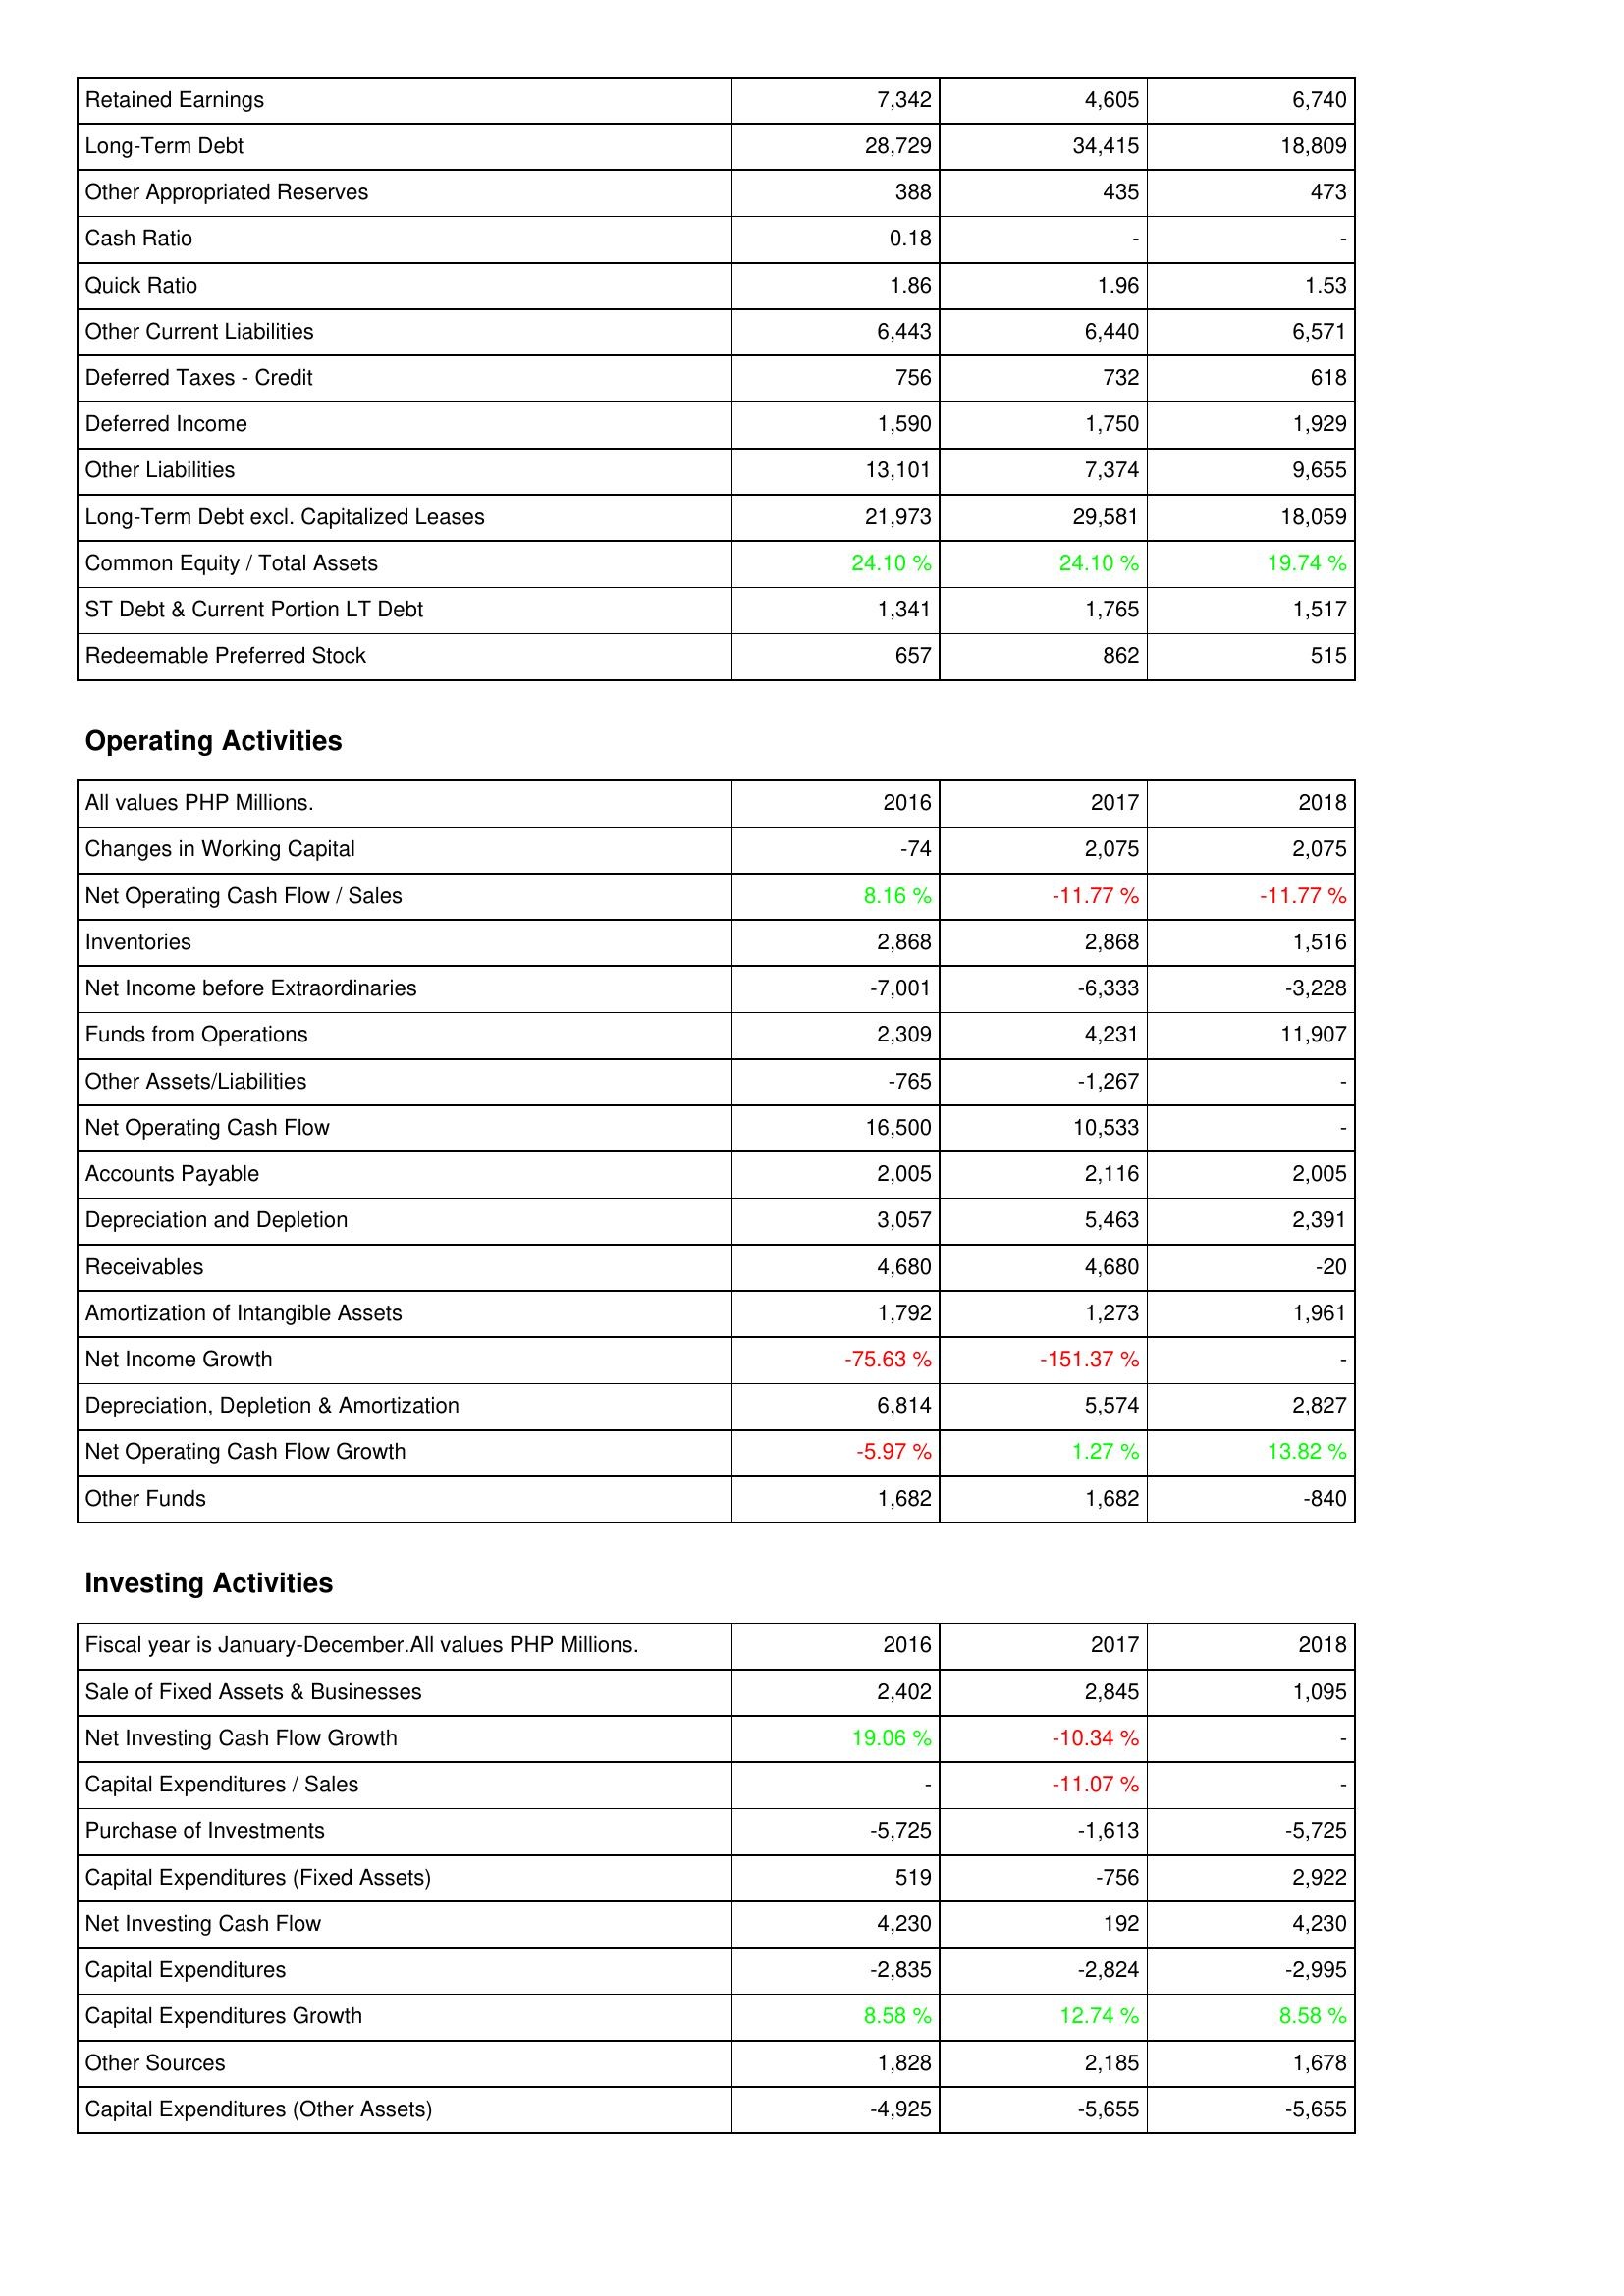
2016: Liabilities & Shareholders' Equity: Retained Earnings: 7,342
Long-Term Debt: 28,729
Other Appropriated Reserves: 388
Cash Ratio: 0.18
Quick Ratio: 1.86
Other Current Liabilities: 6,443
Deferred Taxes - Credit: 756
Deferred Income: 1,590
Other Liabilities: 13,101
Long-Term Debt excl. Capitalized Leases: 21,973
Common Equity / Total Assets: 24.10 %
ST Debt & Current Portion LT Debt: 1,341
Redeemable Preferred Stock: 657
Operating Activities: Changes in Working Capital: -74
Net Operating Cash Flow / Sales: 8.16 %
Inventories: 2,868
Net Income before Extraordinaries: -7,001
Funds from Operations: 2,309
Other Assets/Liabilities: -765
Net Operating Cash Flow: 16,500
Accounts Payable: 2,005
Depreciation and Depletion: 3,057
Receivables: 4,680
Amortization of Intangible Assets: 1,792
Net Income Growth: -75.63 %
Depreciation, Depletion & Amortization: 6,814
Net Operating Cash Flow Growth: -5.97 %
Other Funds: 1,682
Investing Activities: Sale of Fixed Assets & Businesses: 2,402
Net Investing Cash Flow Growth: 19.06 %
Capital Expenditures / Sales: -
Purchase of Investments: -5,725
Capital Expenditures (Fixed Assets): 519
Net Investing Cash Flow: 4,230
Capital Expenditures: -2,835
Capital Expenditures Growth: 8.58 %
Other Sources: 1,828
Capital Expenditures (Other Assets): -4,925
2017: Liabilities & Shareholders' Equity: Retained Earnings: 4,605
Long-Term Debt: 34,415
Other Appropriated Reserves: 435
Cash Ratio: -
Quick Ratio: 1.96
Other Current Liabilities: 6,440
Deferred Taxes - Credit: 732
Deferred Income: 1,750
Other Liabilities: 7,374
Long-Term Debt excl. Capitalized Leases: 29,581
Common Equity / Total Assets: 24.10 %
ST Debt & Current Portion LT Debt: 1,765
Redeemable Preferred Stock: 862
Operating Activities: Changes in Working Capital: 2,075
Net Operating Cash Flow / Sales: -11.77 %
Inventories: 2,868
Net Income before Extraordinaries: -6,333
Funds from Operations: 4,231
Other Assets/Liabilities: -1,267
Net Operating Cash Flow: 10,533
Accounts Payable: 2,116
Depreciation and Depletion: 5,463
Receivables: 4,680
Amortization of Intangible Assets: 1,273
Net Income Growth: -151.37 %
Depreciation, Depletion & Amortization: 5,574
Net Operating Cash Flow Growth: 1.27 %
Other Funds: 1,682
Investing Activities: Sale of Fixed Assets & Businesses: 2,845
Net Investing Cash Flow Growth: -10.34 %
Capital Expenditures / Sales: -11.07 %
Purchase of Investments: -1,613
Capital Expenditures (Fixed Assets): -756
Net Investing Cash Flow: 192
Capital Expenditures: -2,824
Capital Expenditures Growth: 12.74 %
Other Sources: 2,185
Capital Expenditures (Other Assets): -5,655
2018: Liabilities & Shareholders' Equity: Retained Earnings: 6,740
Long-Term Debt: 18,809
Other Appropriated Reserves: 473
Cash Ratio: -
Quick Ratio: 1.53
Other Current Liabilities: 6,571
Deferred Taxes - Credit: 618
Deferred Income: 1,929
Other Liabilities: 9,655
Long-Term Debt excl. Capitalized Leases: 18,059
Common Equity / Total Assets: 19.74 %
ST Debt & Current Portion LT Debt: 1,517
Redeemable Preferred Stock: 515
Operating Activities: Changes in Working Capital: 2,075
Net Operating Cash Flow / Sales: -11.77 %
Inventories: 1,516
Net Income before Extraordinaries: -3,228
Funds from Operations: 11,907
Other Assets/Liabilities: -
Net Operating Cash Flow: -
Accounts Payable: 2,005
Depreciation and Depletion: 2,391
Receivables: -20
Amortization of Intangible Assets: 1,961
Net Income Growth: -
Depreciation, Depletion & Amortization: 2,827
Net Operating Cash Flow Growth: 13.82 %
Other Funds: -840
Investing Activities: Sale of Fixed Assets & Businesses: 1,095
Net Investing Cash Flow Growth: -
Capital Expenditures / Sales: -
Purchase of Investments: -5,725
Capital Expenditures (Fixed Assets): 2,922
Net Investing Cash Flow: 4,230
Capital Expenditures: -2,995
Capital Expenditures Growth: 8.58 %
Other Sources: 1,678
Capital Expenditures (Other Assets): -5,655